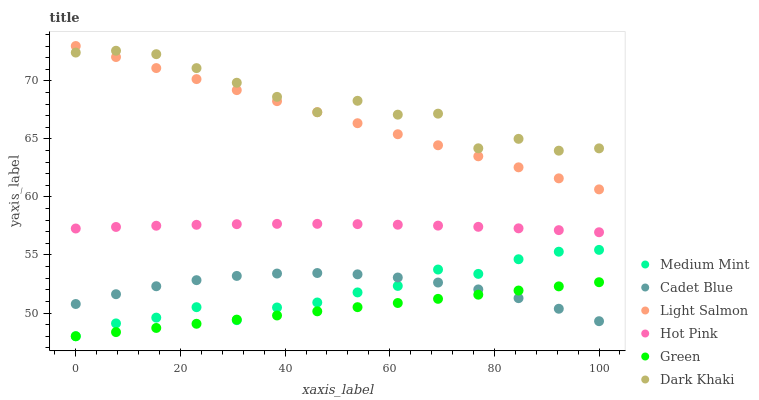
| xaxis_label | Medium Mint | Cadet Blue | Light Salmon | Hot Pink | Green | Dark Khaki |
 | --- | --- | --- | --- | --- | --- | --- |
 | 0 | 48 | 50.8 | 73 | 57.3 | 48 | 72.4 |
 | 7.69 | 49.1 | 51.6 | 72.1 | 57.4 | 48.4 | 72.6 |
 | 15.4 | 49.6 | 52.3 | 71.1 | 57.5 | 48.7 | 72.3 |
 | 23.1 | 50.5 | 52.8 | 70.2 | 57.6 | 49.1 | 71.1 |
 | 30.8 | 49.4 | 53.2 | 69.2 | 57.7 | 49.4 | 69.8 |
 | 38.5 | 50.5 | 53.4 | 68.3 | 57.7 | 49.8 | 68.6 |
 | 46.2 | 50.9 | 53.4 | 67.3 | 57.7 | 50.1 | 67.3 |
 | 53.8 | 51.8 | 53.3 | 66.4 | 57.7 | 50.5 | 68.3 |
 | 61.5 | 52.3 | 53.1 | 65.4 | 57.6 | 50.9 | 67.1 |
 | 69.2 | 53.7 | 52.6 | 64.5 | 57.5 | 51.2 | 67.2 |
 | 76.9 | 53.4 | 52 | 63.5 | 57.4 | 51.6 | 64.2 |
 | 84.6 | 54.6 | 51.3 | 62.6 | 57.3 | 51.9 | 65 |
 | 92.3 | 55.3 | 50.4 | 61.6 | 57.1 | 52.3 | 64 |
 | 100 | 55.4 | 49.3 | 60.7 | 57 | 52.7 | 64.2 |